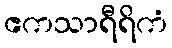
ဧကသာရီရိကံ